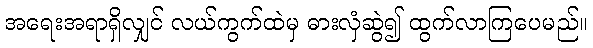
အရေးအရာရှိလျှင် လယ်ကွက်ထဲမှ ဓားလှံဆွဲ၍ ထွက်လာကြပေမည်။